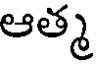
ఆత్మ